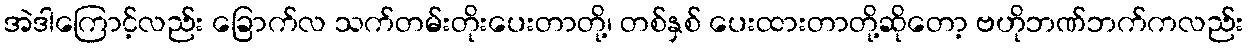
အဲဒါကြောင့်လည်း ခြောက်လ သက်တမ်းတိုးပေးတာတို့၊ တစ်နှစ် ပေးထားတာတို့ဆိုတော့ ဗဟိုဘဏ်ဘက်ကလည်း